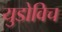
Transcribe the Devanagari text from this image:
युडोविच